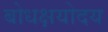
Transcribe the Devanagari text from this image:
बोधक्षयोदय